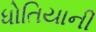
ધોતિયાની